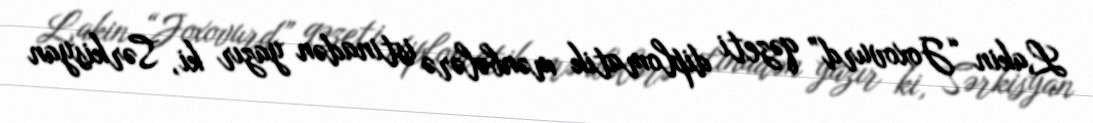
Lakin “Joxovurd” qəzeti diplomatik mənbələrə istinadən yazır ki, Sərkisyan